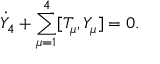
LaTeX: \dot { Y } _ { 4 } + \sum _ { \mu = 1 } ^ { 4 } [ T _ { \mu } , Y _ { \mu } ] = 0 .